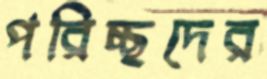
পরিচ্ছদের